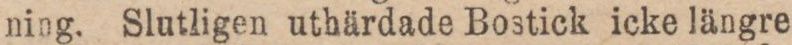
ning. Slutligen uthärdade Bostick icke längre